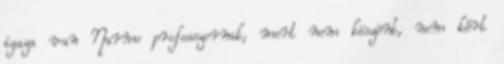
igaza van Narmo professzornak, mert nem köszönt, nem kért